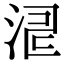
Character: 𣵬